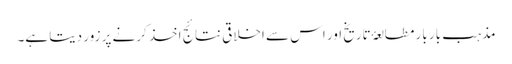
مذہب بار بار مطالعۂ تاریخ اور اس سے اخلاقی نتائج اخذ کرنے پر زور دیتا ہے۔